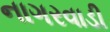
નાગરવાડી